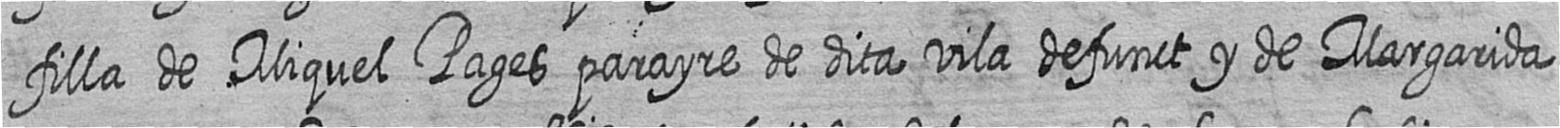
filla de Miquel Pages parayre de dita vila defunct y de Margarida